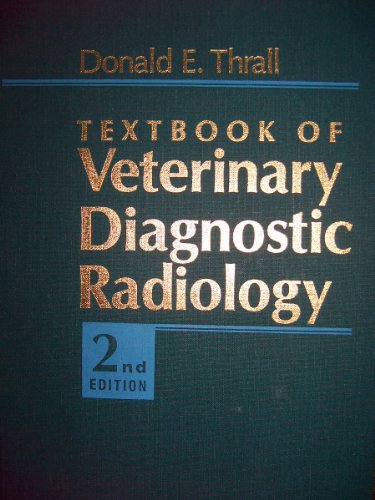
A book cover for Textbook of Veterinary Diagnostic Radiology; Donald E. Thrall; Medical Books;